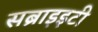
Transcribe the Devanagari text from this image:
सब्राइइटी